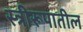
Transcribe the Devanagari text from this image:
स्त्रीरूपातील